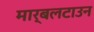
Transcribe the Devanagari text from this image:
मार्बलटाउन